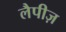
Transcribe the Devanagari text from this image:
लैपीज़